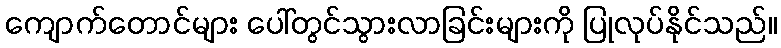
ကျောက်တောင်များ ပေါ်တွင်သွားလာခြင်းများကို ပြုလုပ်နိုင်သည်။